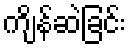
ကျိန်ဆဲခြင်း